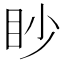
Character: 眇